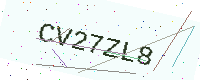
Text: CV27ZL8